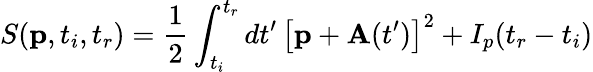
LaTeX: S(\mathbf{p},t_{i},t_{r})=\frac 12\int_{t_{i}}^{t_{r}}dt^{\prime}\, \left[\mathbf{p}+\mathbf{A}(t^{\prime})\right]^{2}+I_{p}(t_{r}-t_{i})